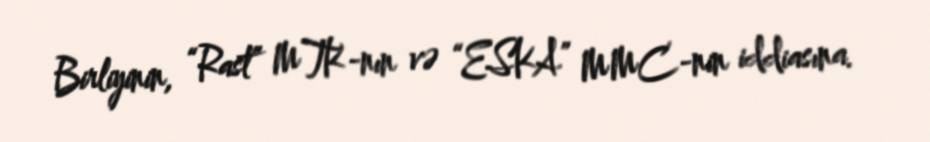
Birliyinin, “Rast” MTK-nın və “ESKA” MMC-nin iddiasına.